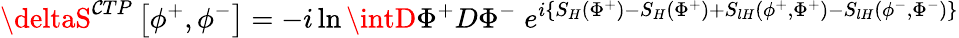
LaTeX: \deltaS^{\mathcal{C}TP}\left[\phi^{+},\phi^{-}\right]=-i\ln\intD\Phi^{+}D\Phi^{-}\; e^{i\left\{ S_{H}\left(\Phi^{+}\right)-S_{H}\left(\Phi^{+}\right)+S_{lH}\left(\phi^{+},\Phi^{+}\right)-S_{lH}\left(\phi^{-},\Phi^{-}\right)\right\} }